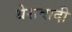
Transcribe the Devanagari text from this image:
थेरावादी